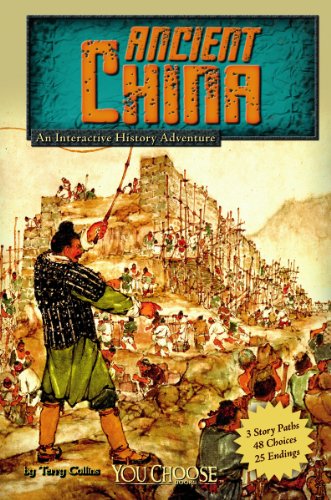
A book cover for Ancient China: An Interactive History Adventure (You Choose: Historical Eras); Terry Collins; Children's Books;